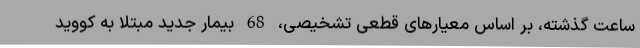
ساعت گذشته، بر اساس معیارهای قطعی تشخیصی، 68 بیمار جدید مبتلا به کووید